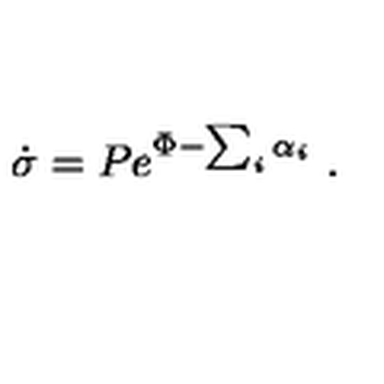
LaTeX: \dot { \sigma } = P e ^ { \Phi - \sum _ { i } \alpha _ { i } } \ .